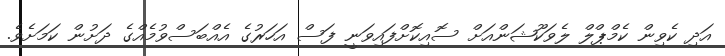
އަދި ކެވިން ކެމްޕްލް ލެވަކޫޝަންއަށް ސޮއިކޮށްފައިވަނީ ފަސް އަހަރުގެ އެއްބަސްވުމެއްގެ ދަށުން ކަމަށެވެ.